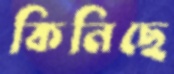
কিনিছে